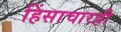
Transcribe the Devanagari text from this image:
हिंसाचारही